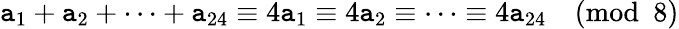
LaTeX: \mathtt{a}_{1}+\mathtt{a}_{2}+\cdots+\mathtt{a}_{24}\equiv4\mathtt{a}_{1}\equiv4\mathtt{a}_{2}\equiv\cdots\equiv4\mathtt{a}_{24}{\pmod{8}}